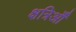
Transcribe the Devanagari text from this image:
क्षत्रिऑँ